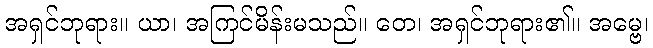
အရှင်ဘုရား။ ယာ၊ အကြင်မိန်းမသည်။ တေ၊ အရှင်ဘုရား၏။ အမ္ဗေ၊